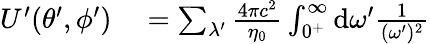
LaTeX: \begin{array}{rl}{U^{\prime}(\theta^{\prime},\phi^{\prime})}&{{}=\sum_{\lambda^{\prime}}\frac{4\pi c^{2}}{\eta_{0}}\int_{0^{+}}^{\infty}\mathrm{d}\omega^{\prime}\frac{1}{(\omega^{\prime})^{2}}}\end{array}